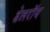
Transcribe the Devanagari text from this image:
डेलराॅय